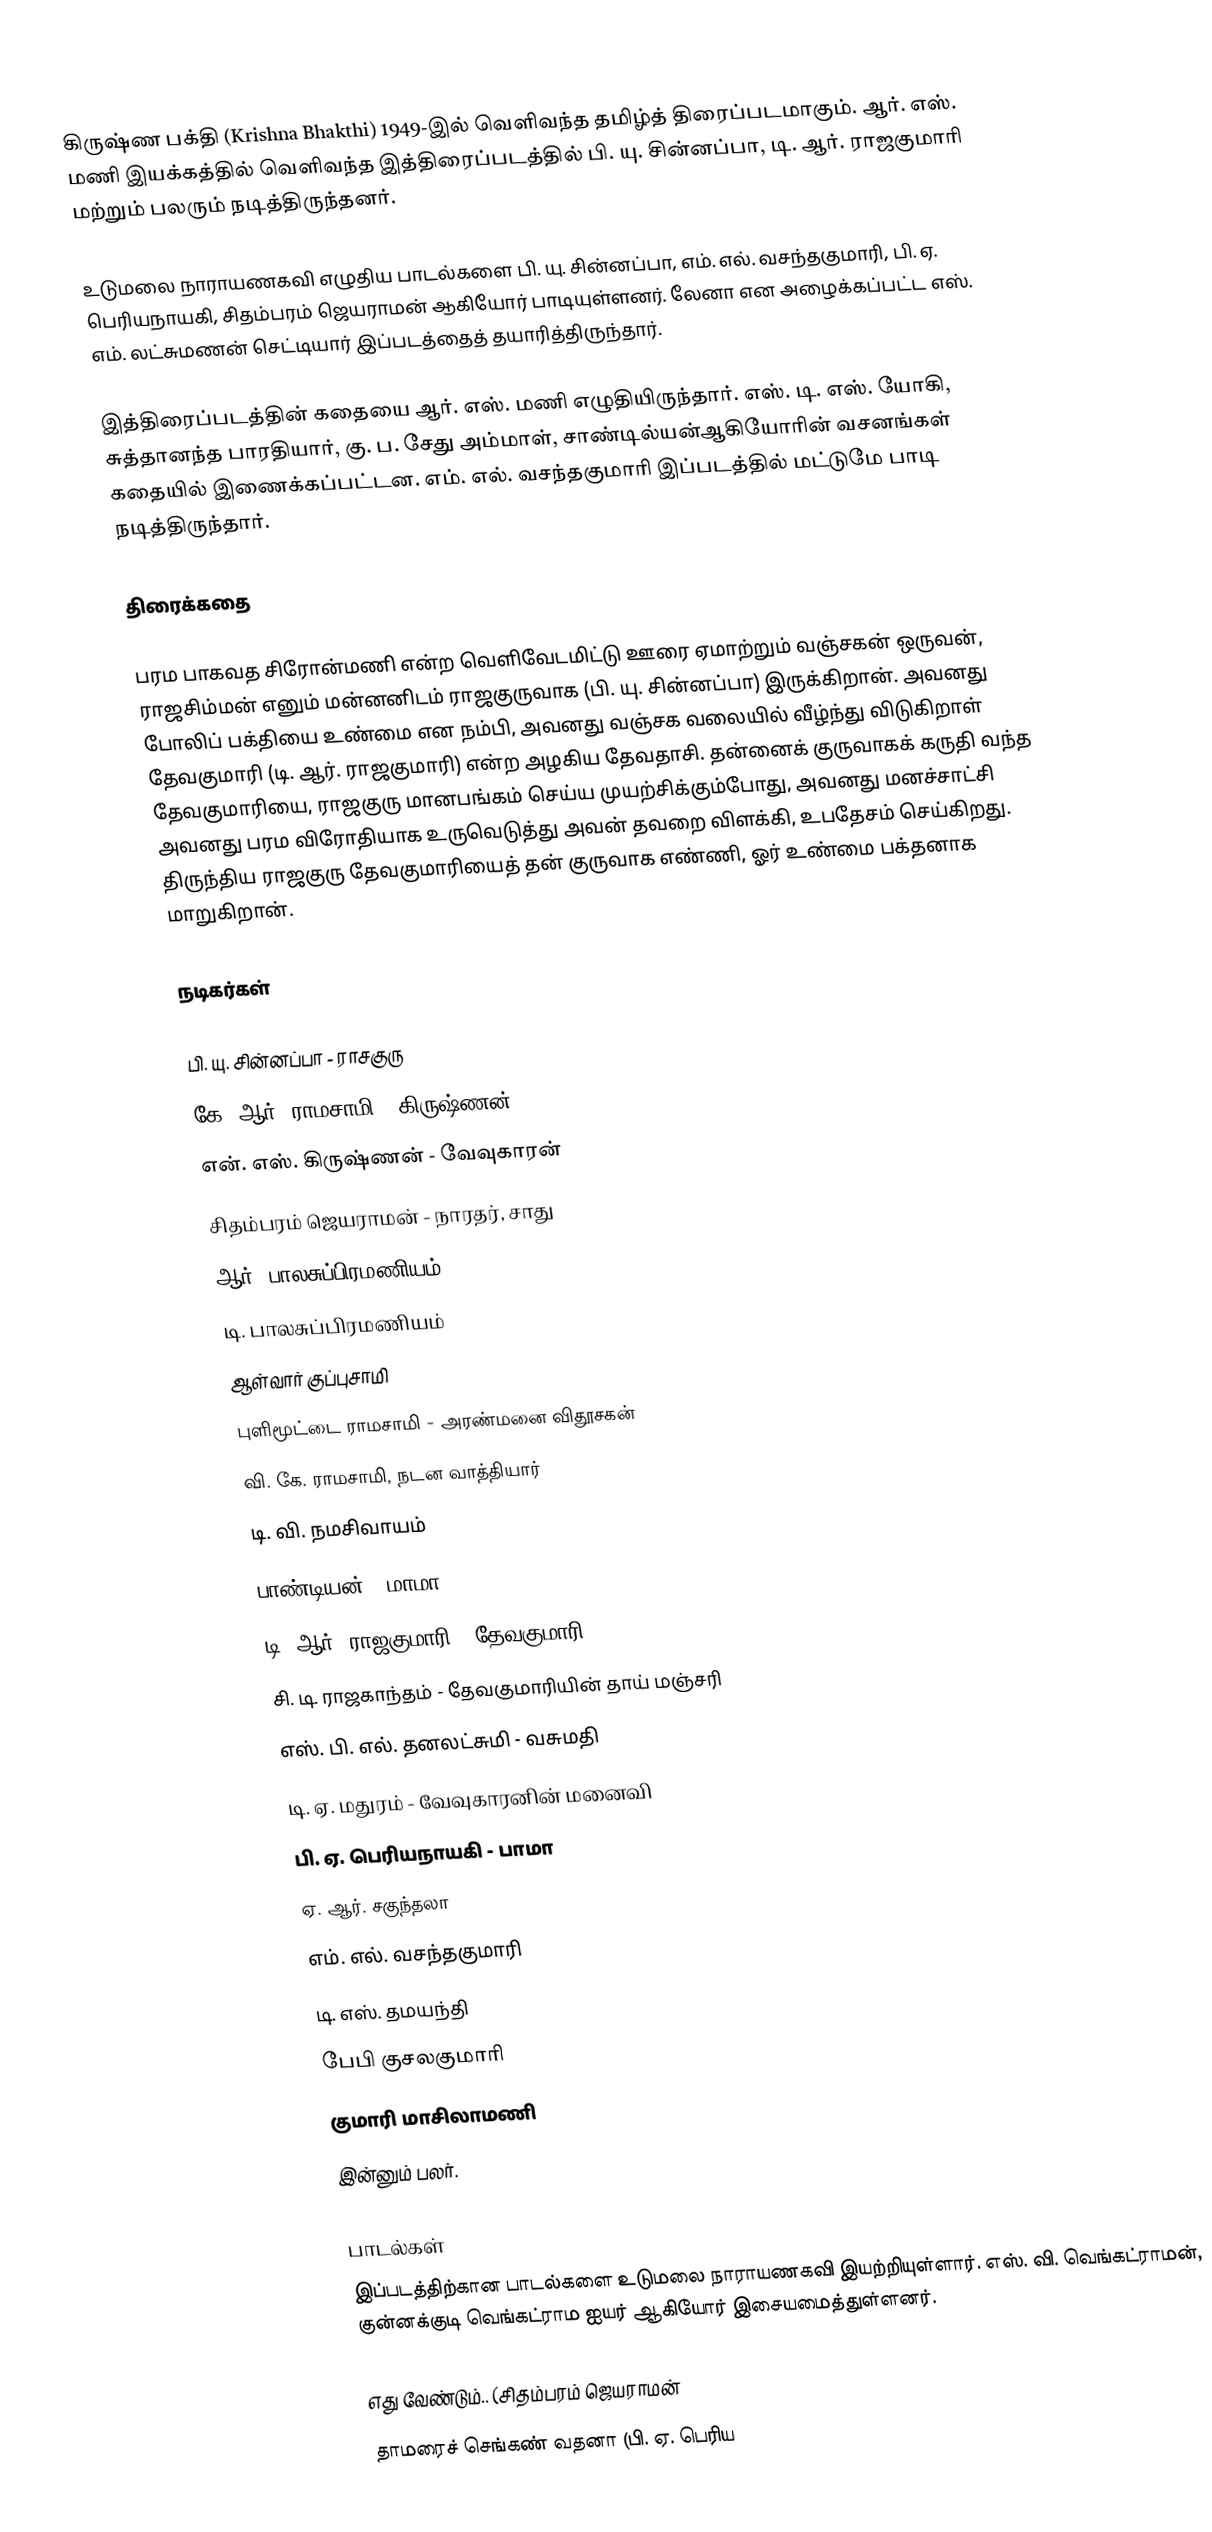
கிருஷ்ண பக்தி (Krishna Bhakthi) 1949-இல் வெளிவந்த தமிழ்த் திரைப்படமாகும். ஆர். எஸ். மணி இயக்கத்தில் வெளிவந்த இத்திரைப்படத்தில் பி. யு. சின்னப்பா, டி. ஆர். ராஜகுமாரி மற்றும் பலரும் நடித்திருந்தனர்.

உடுமலை நாராயணகவி எழுதிய பாடல்களை பி. யு. சின்னப்பா, எம். எல். வசந்தகுமாரி, பி. ஏ. பெரியநாயகி, சிதம்பரம் ஜெயராமன் ஆகியோர் பாடியுள்ளனர். லேனா என அழைக்கப்பட்ட எஸ். எம். லட்சுமணன் செட்டியார் இப்படத்தைத் தயாரித்திருந்தார்.

இத்திரைப்படத்தின் கதையை ஆர். எஸ். மணி எழுதியிருந்தார். எஸ். டி. எஸ். யோகி, சுத்தானந்த பாரதியார், கு. ப. சேது அம்மாள், சாண்டில்யன்ஆகியோரின் வசனங்கள் கதையில் இணைக்கப்பட்டன. எம். எல். வசந்தகுமாரி இப்படத்தில் மட்டுமே பாடி நடித்திருந்தார்.

திரைக்கதை

பரம பாகவத சிரோன்மணி என்ற வெளிவேடமிட்டு ஊரை ஏமாற்றும் வஞ்சகன் ஒருவன், ராஜசிம்மன் எனும் மன்னனிடம் ராஜகுருவாக (பி. யு. சின்னப்பா) இருக்கிறான். அவனது போலிப் பக்தியை உண்மை என நம்பி, அவனது வஞ்சக வலையில் வீழ்ந்து விடுகிறாள் தேவகுமாரி (டி. ஆர். ராஜகுமாரி) என்ற அழகிய தேவதாசி. தன்னைக் குருவாகக் கருதி வந்த தேவகுமாரியை, ராஜகுரு மானபங்கம் செய்ய முயற்சிக்கும்போது, அவனது மனச்சாட்சி அவனது பரம விரோதியாக உருவெடுத்து அவன் தவறை விளக்கி, உபதேசம் செய்கிறது. திருந்திய ராஜகுரு தேவகுமாரியைத் தன் குருவாக எண்ணி, ஓர் உண்மை பக்தனாக மாறுகிறான்.

நடிகர்கள்

 பி. யு. சின்னப்பா - ராசகுரு
 கே. ஆர். ராமசாமி - கிருஷ்ணன்
 என். எஸ். கிருஷ்ணன் - வேவுகாரன்
 சிதம்பரம் ஜெயராமன் - நாரதர், சாது
 ஆர். பாலசுப்பிரமணியம்
 டி. பாலசுப்பிரமணியம்
 ஆள்வார் குப்புசாமி
 புளிமூட்டை ராமசாமி - அரண்மனை விதூசகன்
 வி. கே. ராமசாமி, நடன வாத்தியார்
 டி. வி. நமசிவாயம்
 பாண்டியன் - மாமா
 டி. ஆர். ராஜகுமாரி - தேவகுமாரி
 சி. டி. ராஜகாந்தம் - தேவகுமாரியின் தாய் மஞ்சரி
 எஸ். பி. எல். தனலட்சுமி - வசுமதி
 டி. ஏ. மதுரம் - வேவுகாரனின் மனைவி
 பி. ஏ. பெரியநாயகி - பாமா
 ஏ. ஆர். சகுந்தலா
 எம். எல். வசந்தகுமாரி
 டி. எஸ். தமயந்தி
 பேபி குசலகுமாரி
 குமாரி மாசிலாமணி
இன்னும் பலர்.

பாடல்கள்
இப்படத்திற்கான பாடல்களை உடுமலை நாராயணகவி இயற்றியுள்ளார். எஸ். வி. வெங்கட்ராமன், குன்னக்குடி வெங்கட்ராம ஐயர் ஆகியோர் இசையமைத்துள்ளனர்.

 எது வேண்டும்.. (சிதம்பரம் ஜெயராமன்
 தாமரைச் செங்கண் வதனா (பி. ஏ. பெரிய